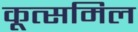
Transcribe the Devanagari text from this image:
कूत्समिल